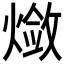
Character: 𬋃